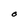
Character: O